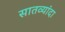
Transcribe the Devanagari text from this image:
सातव्यांदा